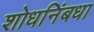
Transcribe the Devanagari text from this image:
शोधनिंबधा